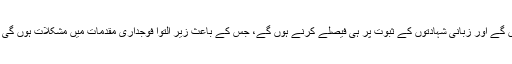
پشاور ہائی کورٹ کے سابق جج یحییٰ زاہد گیلانی نے بتایا کہ ابتدا میں دستاویزی ثبوت نہیں ہوں گے اور زبانی شہادتوں کے ثبوت پر ہی فیصلے کرنے ہوں گے، جس کے باعث زیر التوا فوجداری مقدمات میں مشکلات ہوں گی لیکن ضابطہ فوجداری کی بعض شقیں جن پر زیادہ عمل نہیں ہوتا اُن سے استفادہ کیا جاسکتا ہے۔